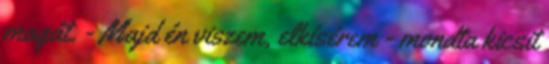
magát. - Majd én viszem, elkísérem - mondta kicsit